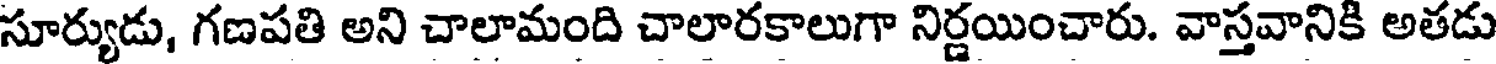
సూర్యుడు, గణపతి అని చాలామంది చాలారకాలుగా నిర్ణయించారు. వాస్తవానికి అతడు